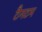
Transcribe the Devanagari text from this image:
टैनटम